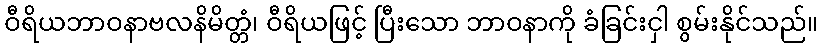
ဝီရိယဘာဝနာဗလနိမိတ္တံ၊ ဝီရိယဖြင့် ပြီးသော ဘာဝနာကို ခံခြင်းငှါ စွမ်းနိုင်သည်။